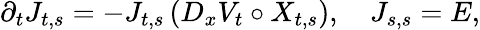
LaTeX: \partial_{t}J_{t,s}=-J_{t,s}\, (D_{x}V_{t}\circ X_{t,s}),\quad J_{s,s}=E,